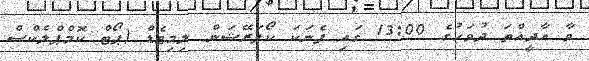
ވާ އާދީއްތަ ދުވަހުގެ 13:00 ގައި ފެނަކަ ކޯޕަރޭޝަން ލިމިޓެޑް (ޕޯޓް ކޮމްޕްލެކްސް